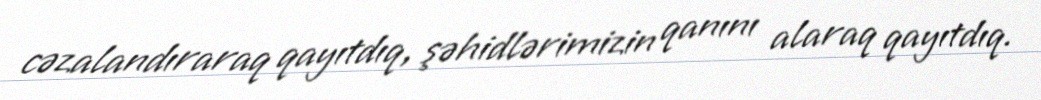
cəzalandıraraq qayıtdıq, şəhidlərimizin qanını alaraq qayıtdıq.